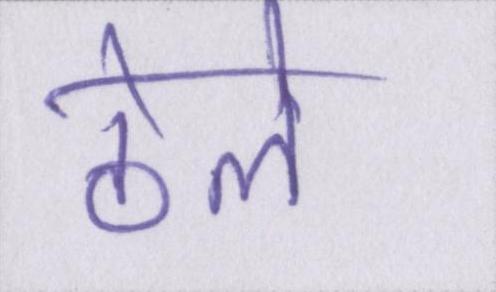
ठेले